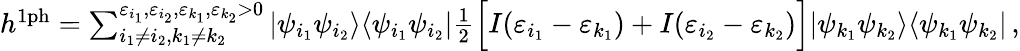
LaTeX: \begin{array}{r}{h^{\mathrm{1ph}}=\sum_{i_{1}\neq i_{2},k_{1}\neq k_{2}}^{\varepsilon_{i_{1}},\varepsilon_{i_{2}},\varepsilon_{k_{1}},\varepsilon_{k_{2}}>0}|\psi_{i_{1}}\psi_{i_{2}}\rangle\langle\psi_{i_{1}}\psi_{i_{2}}|\frac{1}{2}\Big[I(\varepsilon_{i_{1}}-\varepsilon_{k_{1}})+I(\varepsilon_{i_{2}}-\varepsilon_{k_{2}})\Big]|\psi_{k_{1}}\psi_{k_{2}}\rangle\langle\psi_{k_{1}}\psi_{k_{2}}|\, ,}\end{array}